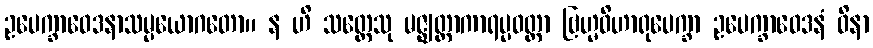
ဥပေက္ခာဝေဒနာသမ္ပယောဂတော။ န ဟိ သတ္တေသု မဇ္ဈတ္တာကာရပ္ပဝတ္တာ ဗြဟ္မဝိဟာရုပေက္ခာ ဥပေက္ခာဝေဒနံ ဝိနာ